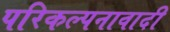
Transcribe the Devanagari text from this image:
परिकल्पनावादी